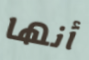
أنها